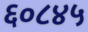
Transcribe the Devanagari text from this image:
६०८४५